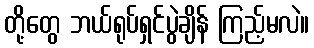
တို့တွေ ဘယ်ရုပ်ရှင်ပွဲချိန် ကြည့်မလဲ။